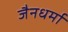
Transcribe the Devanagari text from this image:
जैनधर्मा